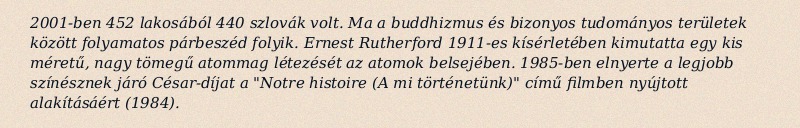
2001-ben 452 lakosából 440 szlovák volt. Ma a buddhizmus és bizonyos tudományos területek között folyamatos párbeszéd folyik. Ernest Rutherford 1911-es kísérletében kimutatta egy kis méretű, nagy tömegű atommag létezését az atomok belsejében. 1985-ben elnyerte a legjobb színésznek járó César-díjat a "Notre histoire (A mi történetünk)" című filmben nyújtott alakításáért (1984).